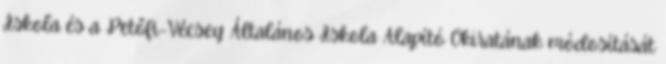
Iskola és a Petőfi-Vécsey Általános Iskola Alapító Okiratának módosítását